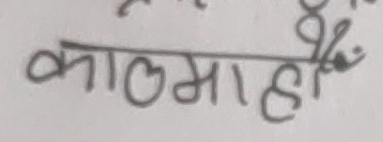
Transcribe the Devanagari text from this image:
कालमाहाँ